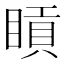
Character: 𥈿